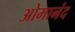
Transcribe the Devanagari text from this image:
ओमानंद